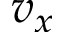
v _ { x }